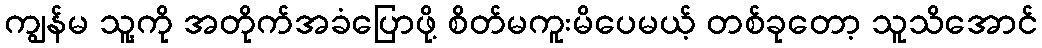
ကျွန်မ သူ့ကို အတိုက်အခံပြောဖို့ စိတ်မကူးမိပေမယ့် တစ်ခုတော့ သူသိအောင်